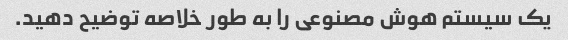
یک سیستم هوش مصنوعی را به طور خلاصه توضیح دهید.